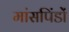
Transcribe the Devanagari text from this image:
मांसपिंडों